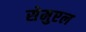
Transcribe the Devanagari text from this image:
सेमुएल